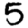
Digit: 5